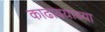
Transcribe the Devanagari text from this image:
काढावयाच्या